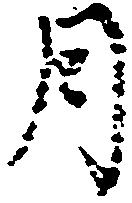
月